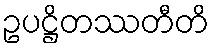
ဥပဋ္ဌိတဿတီတိ